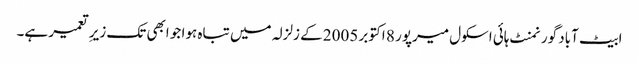
ابیٹ آباد گورنمنٹ ہائی اسکول میرپور 8 اکتوبر 2005 کے زلزلہ میں تباہ ہوا جو ابھی تک زیرِ تعمیر ہے۔